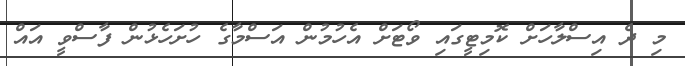
މި ދެ އިސްލާހަށް ކޮމިޓީގައި ވޯޓަށް އެހުމުން އަސްމާގެ ހުށަހެޅުން ފާސްވީ އައް